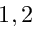
1 , 2